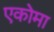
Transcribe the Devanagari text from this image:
एकोमा